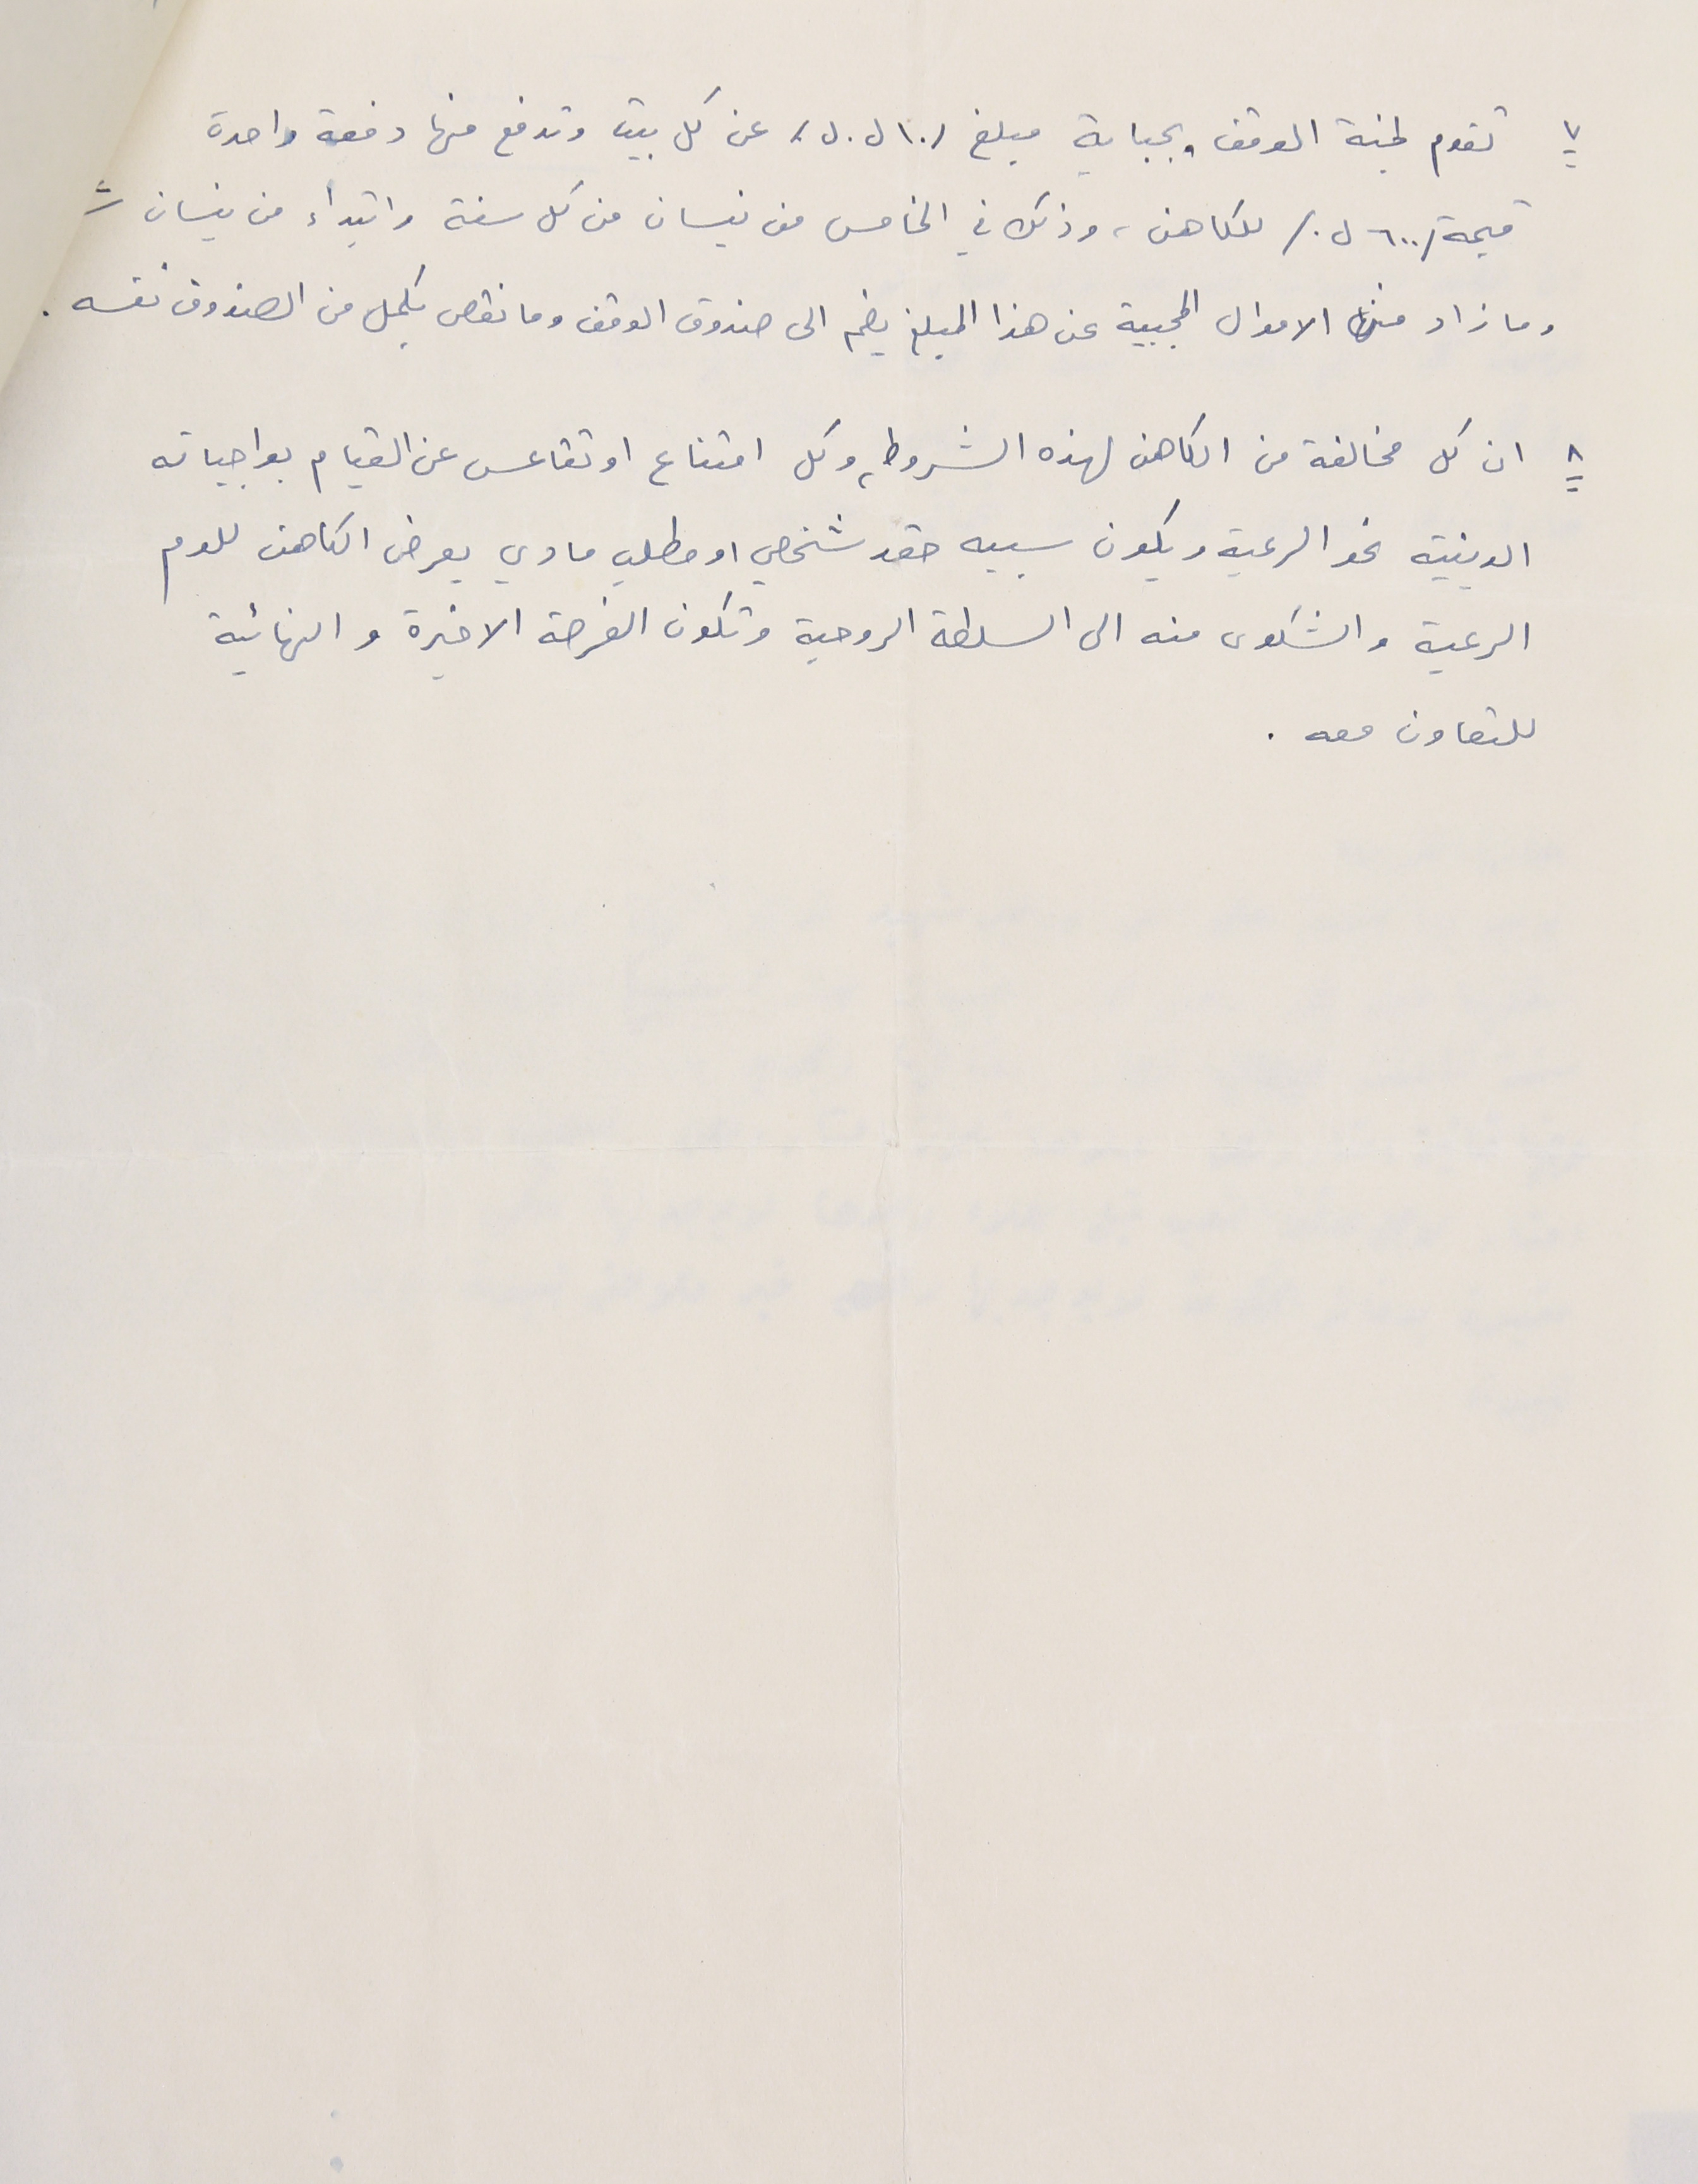
٧ تقوم لجنة الوقف بجباية مبلغ /١٠ ل.ل./ عن كل بيت وتدفع منها دفعة واحدة
قيمة /٦٠٠ ل./ للكاهن، وذلك في الخامس من نيسان من كل سنة وابتداء من نيسان
وما زاد من الاموال المجبية عن هذا المبلغ يضم الى صندوق الوقف وما نقص يكمل من الصندوق نفسه .
٨ ان كل مخالفة من الكاهن لهذه الشروط، وكل امتناع او تقاعس عن القيام بواجباته
الدينية نحو الرعية ويكون سببه حقد شخصي او مطلب مادي يعرض الكاهن للوم
الرعية والشكوى منه الى السلطة الروحية وتكون الفرصة الاخيرة والنهانية
للتعاون معه.